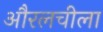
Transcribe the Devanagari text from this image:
औरलचीला